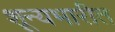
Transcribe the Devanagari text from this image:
शून्यभारीत